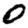
Digit: 0